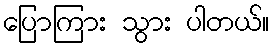
ပြောကြား သွား ပါတယ်။